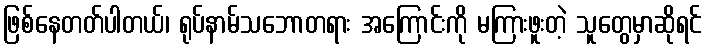
ဖြစ်နေတတ်ပါတယ်၊ ရုပ်နာမ်သဘောတရား အကြောင်းကို မကြားဖူးတဲ့ သူတွေမှာဆိုရင်